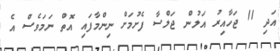
އަދި 11 ޖަހާއިރު އަލުން ޖަލްސާ ފެށުމަށް ނިންމާފައި އޮތް ނަމަވެސް އެ